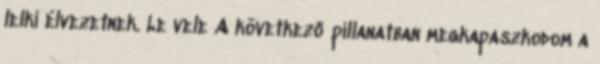
lelki élvezetnek. Le vele A következő pillanatban megkapaszkodom a